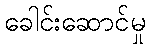
ခေါင်းဆောင်မှု